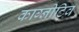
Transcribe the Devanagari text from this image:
काग्नीटिव